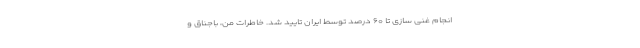
انجام غنی سازی تا ۶۰ درصد توسط ایران تایید شد. خاطرات من، باجناق و